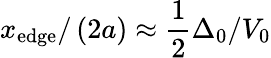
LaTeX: x_{\mathrm{{edge}}}/\left(2a\right)\approx\frac{1}{2}\Delta_{0}/V_{0}